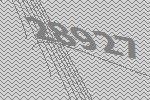
28927